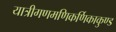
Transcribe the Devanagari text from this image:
यात्रीगणमणिकर्णिकाकुण्ड